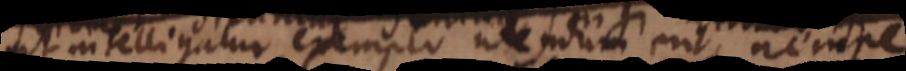
ut intelligatur exemplo utendum erit, nempe